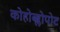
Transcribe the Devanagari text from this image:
कोहोब्ब्लोपोट